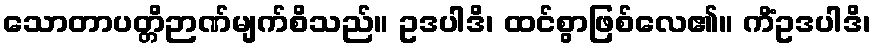
သောတာပတ္တိဉာဏ်မျက်စိသည်။ ဥဒပါဒိ၊ ထင်စွာဖြစ်လေ၏။ ကိံဥဒပါဒိ၊